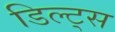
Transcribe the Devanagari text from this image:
डिल्ट्स